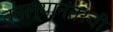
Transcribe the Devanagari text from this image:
बनल्यानंतरची